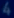
4